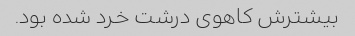
بیشترش کاهوی درشت خرد شده بود.